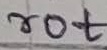
Text: rot